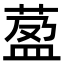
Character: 萾